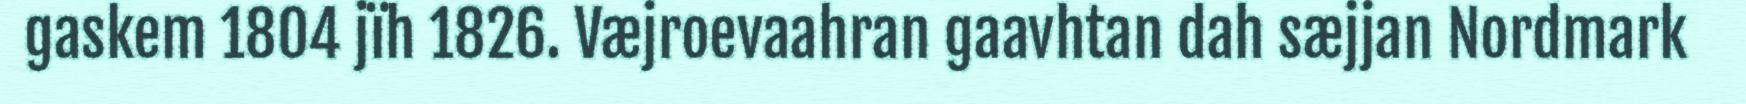
gaskem 1804 jïh 1826. Væjroevaahran gaavhtan dah sæjjan Nordmark